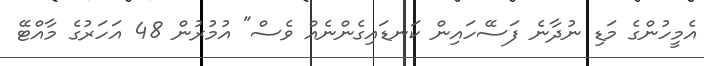
އެމީހުންގެ މަޑި ނުދާނެ ފަސޭހައިން ކަނޑައިގެންނެއް ވެސް" އުމުރުން 48 އަހަރުގެ މާއްޓޭ